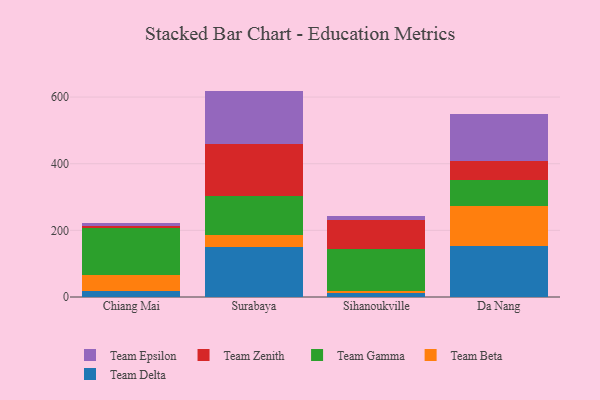
{"axis": {"x": "City", "y": "Backlog"}, "legend": ["Team Beta", "Team Delta", "Team Epsilon", "Team Gamma", "Team Zenith"], "data": [{"x": "Chiang Mai", "y": 16.7, "type": "Team Delta"}, {"x": "Chiang Mai", "y": 50.4, "type": "Team Beta"}, {"x": "Chiang Mai", "y": 139.5, "type": "Team Gamma"}, {"x": "Chiang Mai", "y": 6.7, "type": "Team Zenith"}, {"x": "Chiang Mai", "y": 9.7, "type": "Team Epsilon"}, {"x": "Surabaya", "y": 149.1, "type": "Team Delta"}, {"x": "Surabaya", "y": 36.6, "type": "Team Beta"}, {"x": "Surabaya", "y": 117.0, "type": "Team Gamma"}, {"x": "Surabaya", "y": 156.6, "type": "Team Zenith"}, {"x": "Surabaya", "y": 159.3, "type": "Team Epsilon"}, {"x": "Sihanoukville", "y": 11.1, "type": "Team Delta"}, {"x": "Sihanoukville", "y": 7.7, "type": "Team Beta"}, {"x": "Sihanoukville", "y": 124.6, "type": "Team Gamma"}, {"x": "Sihanoukville", "y": 87.9, "type": "Team Zenith"}, {"x": "Sihanoukville", "y": 11.2, "type": "Team Epsilon"}, {"x": "Da Nang", "y": 153.3, "type": "Team Delta"}, {"x": "Da Nang", "y": 120.6, "type": "Team Beta"}, {"x": "Da Nang", "y": 78.1, "type": "Team Gamma"}, {"x": "Da Nang", "y": 57.3, "type": "Team Zenith"}, {"x": "Da Nang", "y": 139.0, "type": "Team Epsilon"}]}